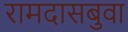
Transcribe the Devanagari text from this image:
रामदासबुवा